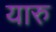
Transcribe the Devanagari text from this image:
यारु